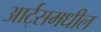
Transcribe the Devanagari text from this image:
आर्ट्‌समधील